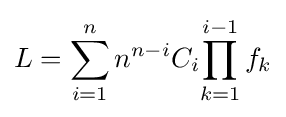
L=\sum _{i=1}^{n}n^{n-i}C_{i}{\prod _{k=1}^{i-1}f_{k}}